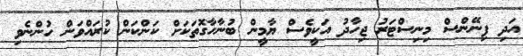
އަދި ފިނޭންސް މިނިސްޓަރު ޖިހާދު އަކީވެސް ޔާމީން ބުނާހާގޮތަކަށް ކަންކަން ކުރައްވަން ހުންނެވި